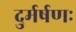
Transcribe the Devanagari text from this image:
दुर्मर्षणः